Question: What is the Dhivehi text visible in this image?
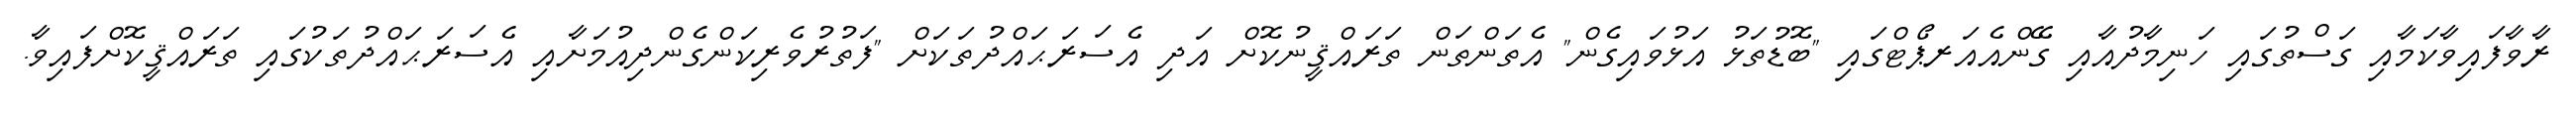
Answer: ރާވާފައިވާކަމާއި ގަސްތުގައި ހަނިމާދުއާއި ގޭންއެއަރޕޯޓްގައި "ބޮޑުތަޅު އަޅުވައިގެން" އެތަންތަން ތަރައްޤީނުކޮށް އަދި އެސަރަޙައްދުތަކަށް "ފަތުރުވެރިކަންގެންދިއުމަށާއި އެސަރަޙައްދުތަކުގައި ތަރައްޤީކޮށްފައިވާ.